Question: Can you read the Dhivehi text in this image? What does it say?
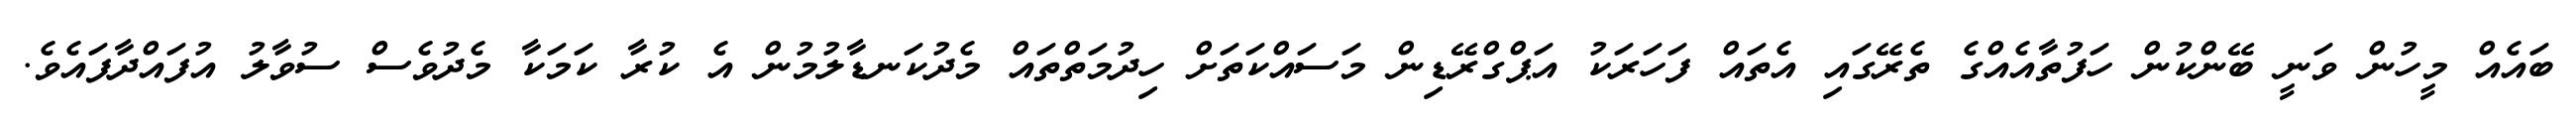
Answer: ބައެއް މީހުން ވަނީ ބޭންކުން ހަފުތާއެއްގެ ތެރޭގައި އެތައް ފަހަރަކު އަޕްގްރޭޑިން މަސައްކަތަށް ހިދުމަތްތައް މެދުކަނޑާލުމުން އެ ކުރާ ކަމަކާ މެދުވެސް ސުވާލު އުފައްދާފައެވެ.